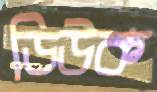
ডিউক